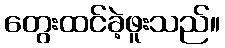
တွေးထင်ခဲ့ဖူးသည်။